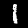
Digit: 1